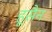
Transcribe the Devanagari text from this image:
हूसैन